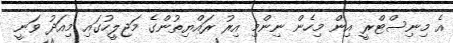
އެ މިނިސްޓްރީ އިން މިހެން ނިންމި އިރު ރައްޔިތުންގެ މަޖިލީހުގައި މިއަދު ވަނީ